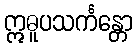
ဣဓူပသင်္ကန္တော